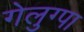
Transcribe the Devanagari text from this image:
गेलुग्पा